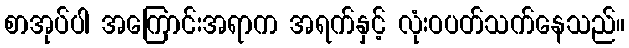
စာအုပ်ပါ အကြောင်းအရာက အရက်နှင့် လုံးဝပတ်သက်နေသည်။